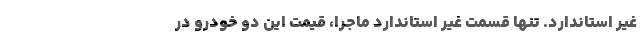
غیر استاندارد. تنها قسمت غیر استاندارد ماجرا، قیمت این دو خودرو در